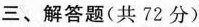
三、解答题(共72分)